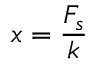
x = { \frac { F _ { s } } { k } }